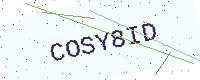
Text: COSY8ID